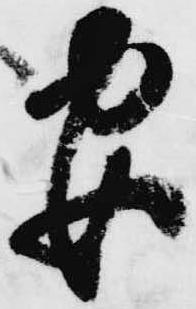
安